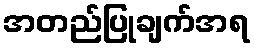
အတည်ပြုချက်အရ